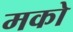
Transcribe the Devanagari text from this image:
मको